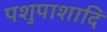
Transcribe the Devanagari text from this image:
पशुपाशादि